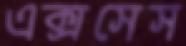
এক্সসেস